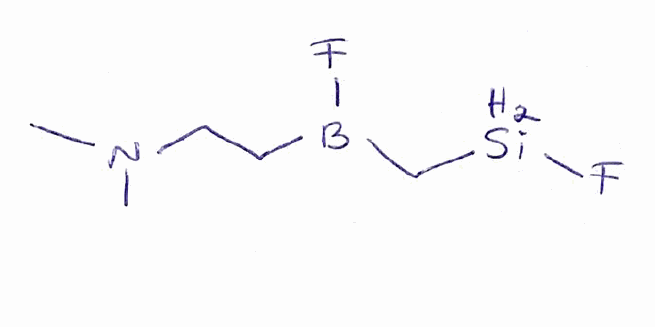
Simplified molecular-input line-entry system (SMILES) notation of the given molecule:
B(CCN(C)C)(C[SiH2]F)F